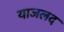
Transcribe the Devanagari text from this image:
याजलद